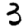
Digit: 3